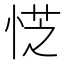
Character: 𪫿